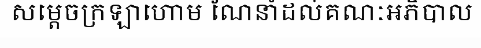
សម្តេចក្រឡាហោម ណែនាំដល់គណៈអភិបាល